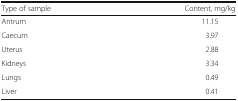
<table><thead><tr><td><b>Type of sample</b></td><td><b>Content, mg/kg</b></td></tr></thead><tbody><tr><td>Antrum</td><td>11.15</td></tr><tr><td>Caecum</td><td>3.97</td></tr><tr><td>Uterus</td><td>2.88</td></tr><tr><td>Kidneys</td><td>3.34</td></tr><tr><td>Lungs</td><td>0.49</td></tr><tr><td>Liver</td><td>0.41</td></tr></tbody></table>